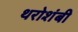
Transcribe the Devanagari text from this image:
थरोशंबी